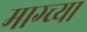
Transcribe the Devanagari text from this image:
माग्च्या